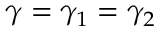
\gamma = \gamma _ { 1 } = \gamma _ { 2 }